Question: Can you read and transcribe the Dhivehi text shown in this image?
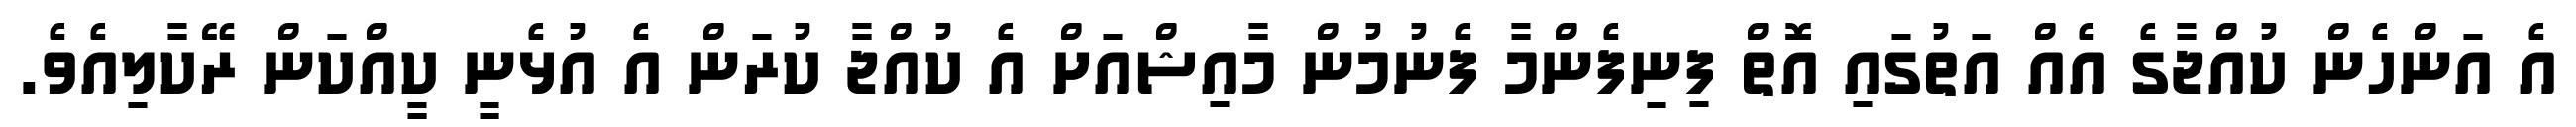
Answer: އެ އަންހެން ކުއްޖާގެ އެއް އަތުގައި އޮތް ފިނިފެންމާ ފެނުމުން މާއިޝްއަށް އެ ކުއްޖާ ކުރަން އެ އުޅެނީ ކީއްކަން ރޭކާލިއެވެ.